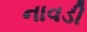
નાવડી